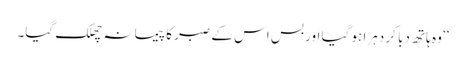
‘‘ وہ ہاتھ دبا کر دہرا ہو گیا اور بس اس کے صبر کا پیمانہ چھلک گیا۔